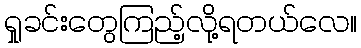
ရှုခင်းတွေကြည့်လို့ရတယ်လေ။